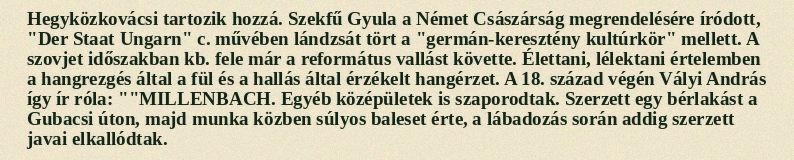
Hegyközkovácsi tartozik hozzá. Szekfű Gyula a Német Császárság megrendelésére íródott, "Der Staat Ungarn" c. művében lándzsát tört a "germán-keresztény kultúrkör" mellett. A szovjet időszakban kb. fele már a református vallást követte. Élettani, lélektani értelemben a hangrezgés által a fül és a hallás által érzékelt hangérzet. A 18. század végén Vályi András így ír róla: ""MILLENBACH. Egyéb középületek is szaporodtak. Szerzett egy bérlakást a Gubacsi úton, majd munka közben súlyos baleset érte, a lábadozás során addig szerzett javai elkallódtak.